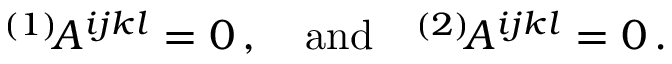
{ } ^ { ( 1 ) } \! A ^ { i j k l } = 0 \, , \quad \mathrm { a n d } \quad { } ^ { ( 2 ) } \! A ^ { i j k l } = 0 \, .